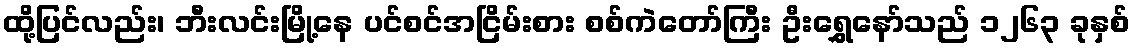
ထို့ပြင်လည်း၊ ဘီးလင်းမြို့နေ ပင်စင်အငြိမ်းစား စစ်ကဲတော်ကြီး ဦးရွှေနော်သည် ၁၂၆၃ ခုနှစ်